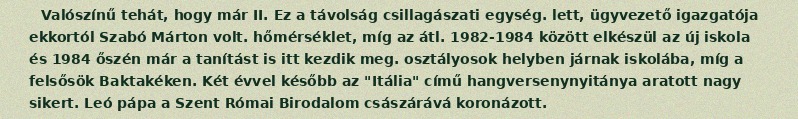
Valószínű tehát, hogy már II. Ez a távolság csillagászati egység. lett, ügyvezető igazgatója ekkortól Szabó Márton volt. hőmérséklet, míg az átl. 1982-1984 között elkészül az új iskola és 1984 őszén már a tanítást is itt kezdik meg. osztályosok helyben járnak iskolába, míg a felsősök Baktakéken. Két évvel később az "Itália" című hangversenynyitánya aratott nagy sikert. Leó pápa a Szent Római Birodalom császárává koronázott.